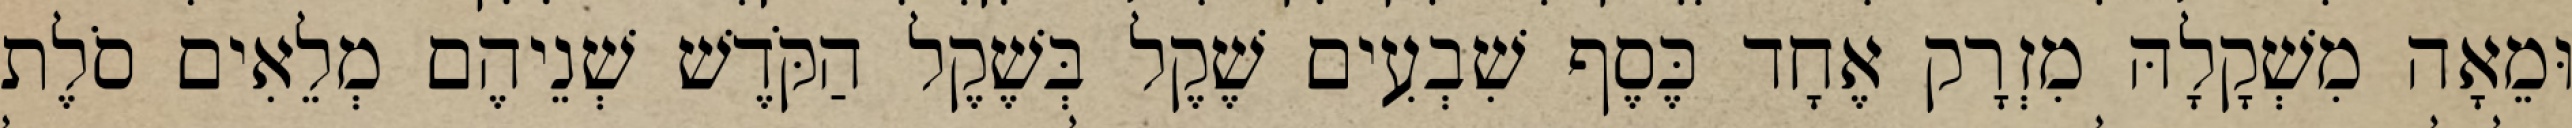
וּמֵאָה מִשְׁקָלָהּ מִזְרָק אֶחָד כֶּסֶף שִׁבְעִים שֶׁקֶל בְּשֶׁקֶל הַקֹּדֶשׁ שְׁנֵיהֶם מְלֵאִים סֹלֶת